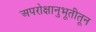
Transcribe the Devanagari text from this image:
अपरोक्षानुभूतीतून